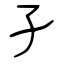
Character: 孑